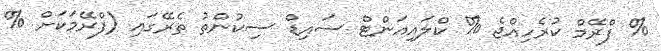
% ފްރޭމް ކުރެހިއްޖެ % ކްލައިއަންޓް ސައިޑް ސިކުންތު ތެރޭގައި (ފްރޭމަކަށް %